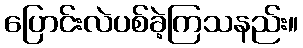
ပြောင်းလဲပစ်ခဲ့ကြသနည်း။